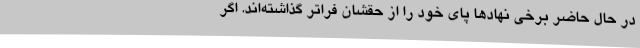
در حال حاضر برخی نهادها پای خود را از حقشان فراتر گذاشته‌اند. اگر